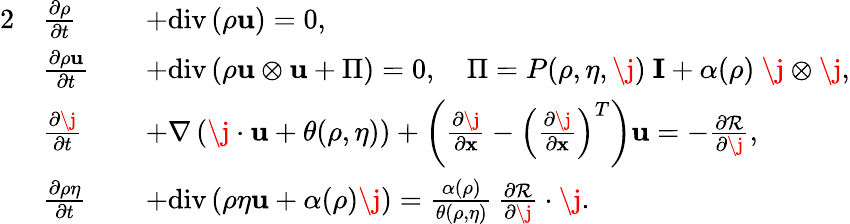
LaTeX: \begin{array}{rlrl}{{2}}&{\frac{\partial\rho}{\partial t}}&&{+\mathrm{div}\left(\rho\mathbf{u}\right)=0,}\\ &{\frac{\partial\rho\mathbf{u}}{\partial t}}&&{+\mathrm{div}\left(\rho\mathbf{u}\otimes\mathbf{u}+\Pi\right)=0,\quad\Pi=P(\rho,\eta,\j)\ \mathbf{I}+\alpha(\rho)\ \j\otimes\j,}\\ &{\frac{\partial\j}{\partial t}}&&{+\nabla\left(\j\cdot\mathbf{u}+\theta(\rho,\eta)\right)+\left(\frac{\partial\j}{\partial\mathbf{x}}-\left(\frac{\partial\j}{\partial\mathbf{x}}\right)^{T}\right)\mathbf{u}=-\frac{\partial\mathcal{R}}{\partial\j},}\\ &{\frac{\partial\rho\eta}{\partial t}}&&{+\mathrm{div}\left(\rho\eta\mathbf{u}+\alpha(\rho)\j\right)=\frac{\alpha(\rho)}{\theta(\rho,\eta)}\, \frac{\partial\mathcal{R}}{\partial\j}\cdot\j.}\end{array}